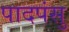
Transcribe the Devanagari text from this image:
पादपंसु